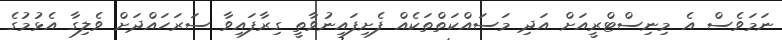
ނަމަވެސް އެ މިނިސްޓްރީއަށް އަދި މަސައްކަތްތަކެއް ފެށިފައިނުވާތީ ގިރާފައިވާ ސަރަހައްދަށް ވެލިގާ އެޅުމުގެ